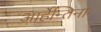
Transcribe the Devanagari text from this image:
आर्हेन्तिना